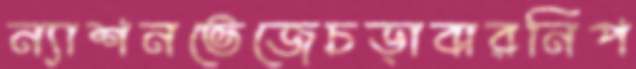
ন্যাশনভেজেচড়াবারনিপ